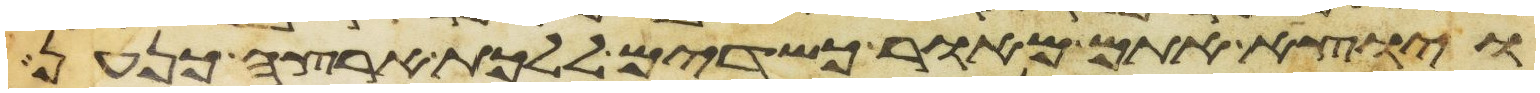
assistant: ויוצא אתם מאור כשדים ללכת ארצה כנען